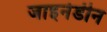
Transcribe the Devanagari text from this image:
जाइनेडीन